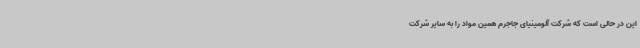
این در حالی است که شرکت آلومینیای جاجرم همین مواد را به سایر شرکت